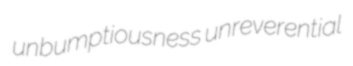
unbumptiousness unreverential